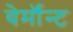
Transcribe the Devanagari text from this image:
वेर्माॅन्ट